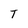
Character: T